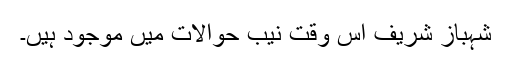
شہباز شریف اس وقت نیب حوالات میں موجود ہیں۔